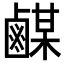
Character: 𪉴